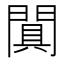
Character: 𨵙